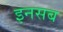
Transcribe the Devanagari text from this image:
इनसब